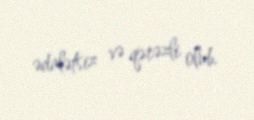
ədalətsiz və qərəzli olub.